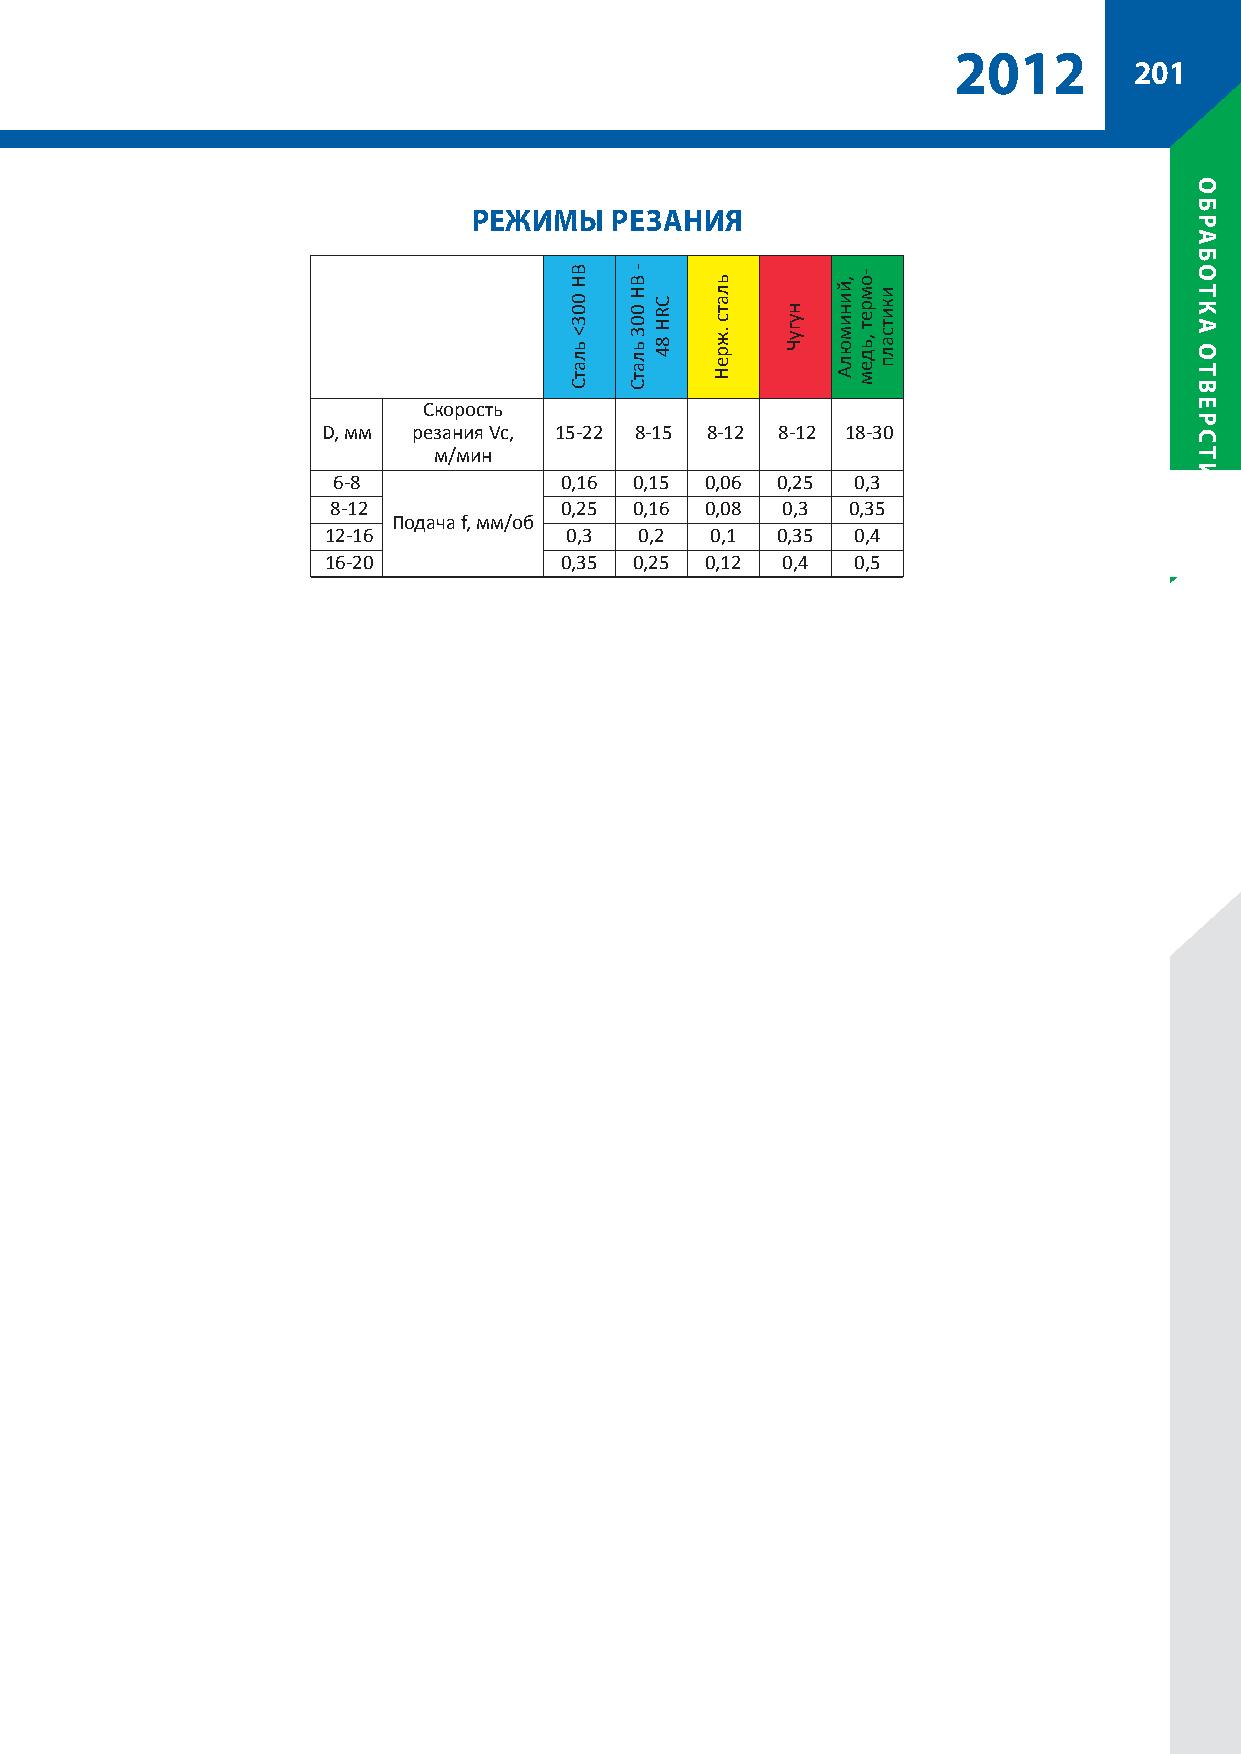
22001122
 201
 режиМЫ   резаНиЯ
 Скорость
 D, мм резания Vc, 15-22 8-15 8-12 8-12 18-30
 м/мин
 6-8            0,16 0,15 0,06 0,25 0,3
 8-12           0,25 0,16 0,08 0,3 0,35
 Подача f, мм/об
 12-16           0,3  0,2  0,1 0,35 0,4
 16-20           0,35 0,25 0,12 0,4 0,5
 BH
 003<
 ьлатС
 - BH
 003
 ьлатС
 CRH
 84
 ьлатс
 .жреН
 нугуЧ
 ,йинимюлА -омрет
 ,ьдем
 икитсалп
 обработка
 отверстий